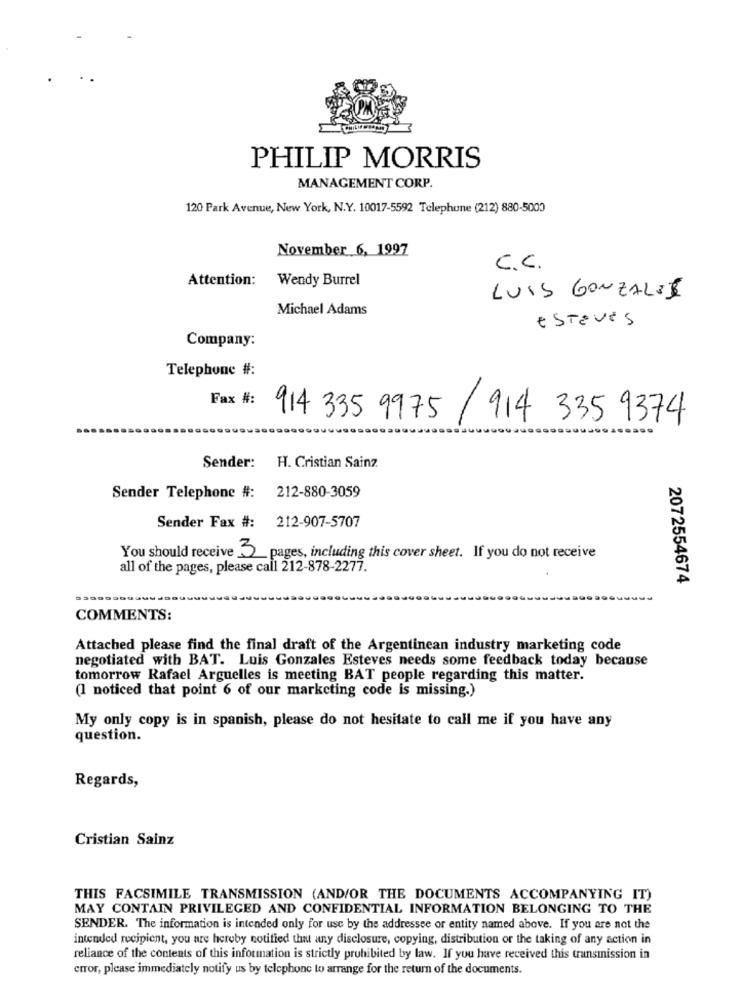
PHILIP MORRIS
MANAGEMENT CORP.
120 Park Avenue, New York, N.Y. 10017-5592 Telephune (212) 880-5000
November 6, 1997
C.C.
Attention:
Wendy Burrel
LUIS GONZALEZ
Michael Adams
esteves
Company:
Telephone #:
Fax #:
914 335 9975
/ 914 335 9374
Sender:
H. Cristian Sainz
Sender Telephone #:
212-880-3059
212-907-5707
Sender Fax #:
You should receive 5 pages, including this cover sheet. If you do not receive
all of the pages, please call 212-878-2277.
2072554674
COMMENTS:
Attached please find the final draft of the Argentinean industry marketing code
negotiated with BAT. Luis Gonzales Esteves needs some feedback today because
tomorrow Rafael Arguelles is meeting BAT people regarding this matter.
(1 noticed that point 6 of our marketing code is missing.)
My only copy is in spanish, please do not hesitate to call me if you have any
question.
Regards,
Cristian Sainz
THIS FACSIMILE TRANSMISSION (AND/OR THE DOCUMENTS ACCOMPANYING IT)
MAY CONTAIN PRIVILEGED AND CONFIDENTIAL INFORMATION BELONGING TO THE
SENDER. The information is intended only for use by the addressee or entity named above. If you are not the
intended recipient, you are hereby notified that any disclosure, copying, distribution or the taking of any action in
reliance of the contents of this information is strictly prohibited by law. If you have received this transmission in
error, please immediately notify us by telephone to arrange for the return of the documents.